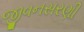
જીવનસરણી